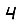
Digit: 4